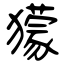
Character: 獴